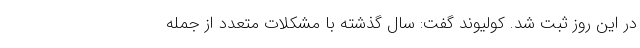
در این روز ثبت شد. کولیوند گفت: سال گذشته با مشکلات متعدد از جمله